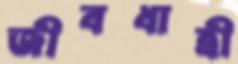
জীবধাত্রী